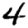
Digit: 4